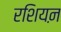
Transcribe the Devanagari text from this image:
रशियऩ